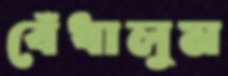
বেঁধালুম